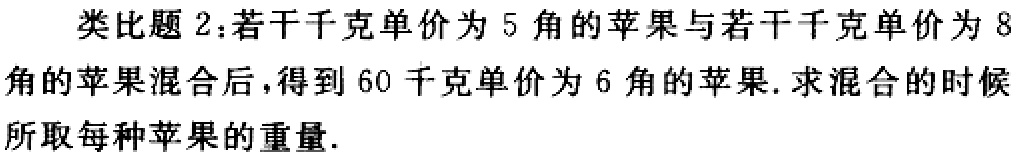
类比题2：若干千克单价为5角的苹果与若干千克单价为8角的苹果混合后，得到60千克单价为6角的苹果. 求混合的时候所取每种苹果的重量.